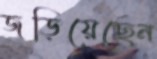
জড়িয়েছেন